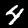
Digit: 4